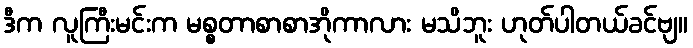
ဒီက လူကြီးမင်းက မစ္စတာစာစာအိုကာလား မသိဘူး ဟုတ်ပါတယ်ခင်ဗျ။